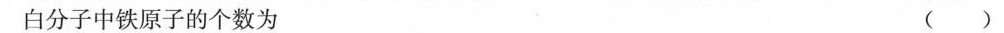
白分子中铁原子的个数为 ()